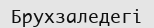
Брухзаледегі